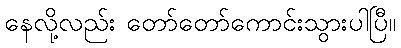
နေလို့လည်း တော်တော်ကောင်းသွားပါပြီ။